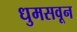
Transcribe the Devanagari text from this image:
धुमसवून